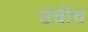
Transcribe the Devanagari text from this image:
उंचीच